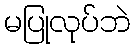
မပြုလုပ်ဘဲ